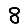
Digit: 8